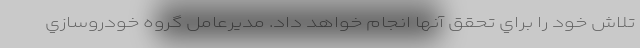
تلاش خود را براي تحقق آنها انجام خواهد داد. مديرعامل گروه خودروسازي